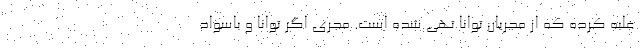
غلبه کرده که از مجریان توانا تهی شده است. مجری اگر توانا و باسواد